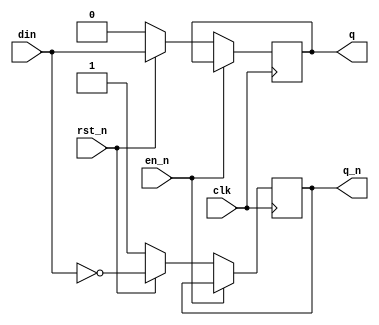
`timescale 1ns/1ps
module d_ff(
			clk,
			rst_n,
			en_n,
			din,
			q,
			q_n
            );
input clk;
input rst_n;
input en_n;
input din;

output q;
output q_n;

reg q;
reg q_n;


always@(posedge clk)
if(!en_n)
    if(!rst_n)            //
        begin
            q <= 1'b0;
            q_n <= 1'b1;
        end

    else
        begin
            q <= din;
            q_n <= ~din;
        end
	
        
endmodule

module Exper3_1;
	reg clk,cl,en_n,d;
	wire q,q_n;
	d_ff e3_1 (clk,cl,en_n,d,q,q_n);
	initial
	begin
		$dumpfile("Ex3_1.vcd");
		$dumpvars(0,e3_1);
		clk=0;en_n=0;d=0;cl=1;
		#2 clk=1;
		#2 clk=0;d=1;
		#2 clk=1;
		#2 clk=0;d=0;
		#2 clk=1;
		#2 clk=0;
		#2 clk=1;en_n=1;d=1;
		#2 clk=0;
		#2 clk=1;cl=1;d=0;
		#2 clk=0;d=1;en_n=0;
		#2 clk=1;
		#2 clk=0;en_n=0;
		#2 clk=1;cl=0;
		//#2 clk=0;
		//#2 clk=1;
		//#2 clk=0;
		#2 $finish;
	end
endmodule